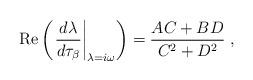
LaTeX: \begin{align*}\displaystyle\mbox{Re}\left(\left. \frac{d\lambda}{d\tau_\beta}\right|_{\lambda=i\omega}\right)=\frac{AC+BD}{C^2+D^2}\;,\end{align*}